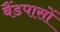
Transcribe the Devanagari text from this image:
बैंडपासों